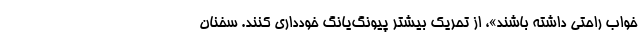
خواب راحتی داشته باشند»، از تحریک بیشتر پیونگ‌یانگ خودداری کنند. سخنان